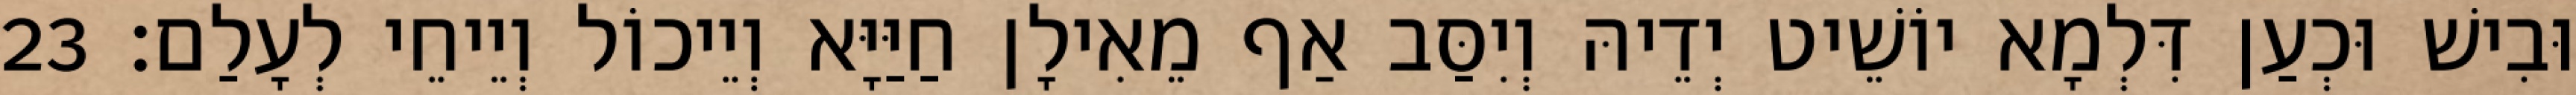
וּבִישׁ וּכְעַן דִּלְמָא יוֹשֵׁיט יְדֵיהּ וְיִסַּב אַף מֵאִילָן חַיַּיָּא וְיֵיכוֹל וְיֵיחֵי לְעָלַם׃ 23